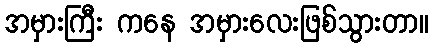
အမှားကြီး ကနေ အမှားလေးဖြစ်သွားတာ။